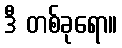
ဒီ တစ်ခုရော။